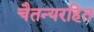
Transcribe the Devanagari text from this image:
चैतन्यरहित